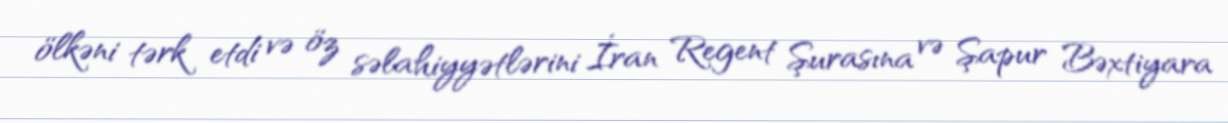
ölkəni tərk etdi və öz səlahiyyətlərini İran Regent Şurasına və Şapur Bəxtiyara